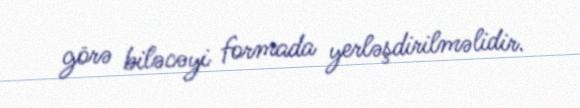
görə biləcəyi formada yerləşdirilməlidir.